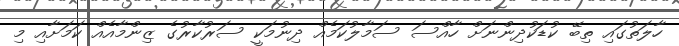
ހާލަތުގައި ތިބޭ ކުޑަކުދިންނަށް ހާއްސަ ސަމާލުކަމެއް ދިނުމަކީ ސަރުކާރުގެ ޒިންމާއެއް ކަމަށާއި މި